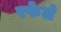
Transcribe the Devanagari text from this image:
रफेले